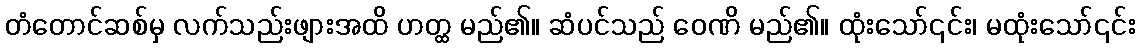
တံတောင်ဆစ်မှ လက်သည်းဖျားအထိ ဟတ္ထ မည်၏။ ဆံပင်သည် ဝေဏိ မည်၏။ ထုံးသော်၎င်း၊ မထုံးသော်၎င်း